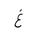
Letter: _gayn